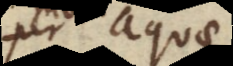
per aquae